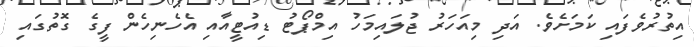
އިތުރުވެފައި ކަމަށެވެ. އަދި މިއަހަރު ޖުލައިމަހު އިމްޕޯޓު ޑިއުޓީއާއި އެހެނިހެން ފީގެ ގޮތުގައި